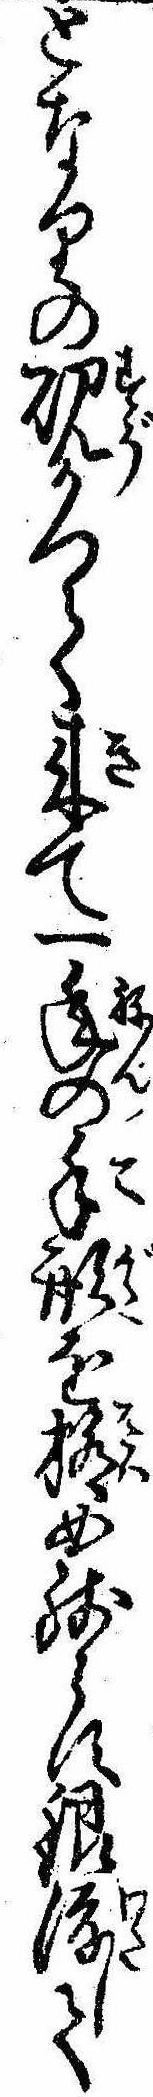
となりの硯かつて来て一年の手形を極め残らす銀渡して